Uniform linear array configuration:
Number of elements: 12
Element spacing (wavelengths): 1
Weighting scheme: binomial
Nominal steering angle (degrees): -45
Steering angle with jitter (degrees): -45.411
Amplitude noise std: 0.05
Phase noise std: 0.05

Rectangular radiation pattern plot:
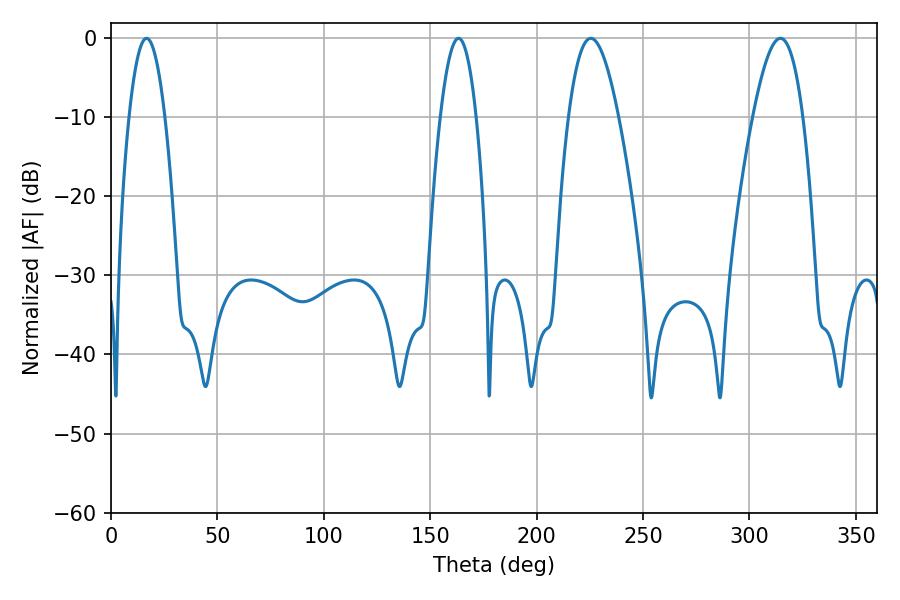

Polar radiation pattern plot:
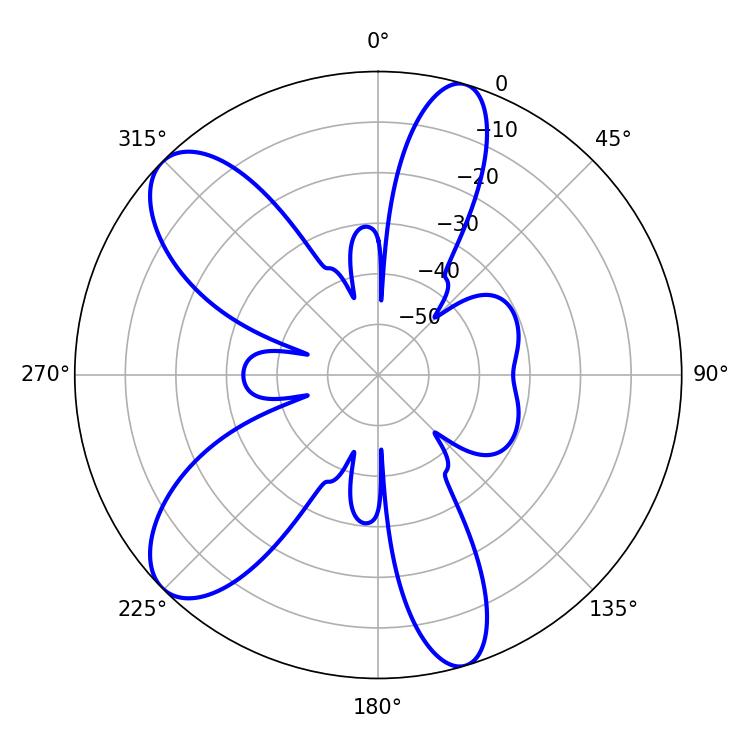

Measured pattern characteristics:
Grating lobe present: TRUE
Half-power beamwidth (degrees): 9.36
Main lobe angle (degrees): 16.74